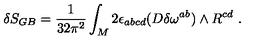
\delta S _ { G B } = { \frac { 1 } { 3 2 \pi ^ { 2 } } } \int _ { M } 2 \epsilon _ { a b c d } ( D \delta \omega ^ { a b } ) \wedge R ^ { c d } \ .